Lunatic asylums Bombay report 1891-1903 - 1891-1903
Year: 1891
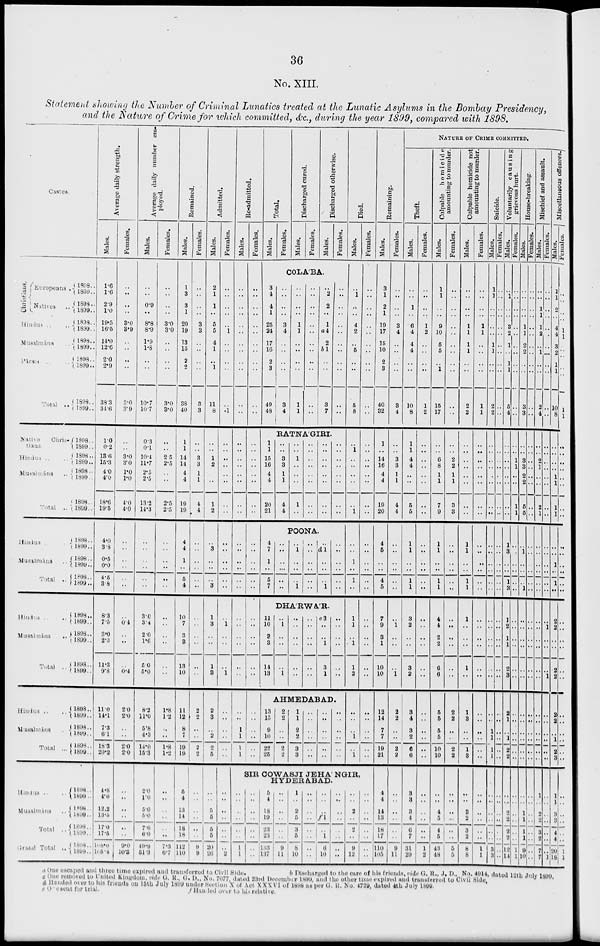
36
No. XIII.
Statement showing the Number of Criminal Lunatics treated at the Lunatic Asylums in the Bombay Presidency,
and the Nature of Crime for which committed, &c. during the year 1899, compared with 1898.
Castes
Average daily strength.
Males.
Females.
Average daily number em-
ployed.
Males.
Females.
Remained.
Males.
Females.
Admitted.
Males.
Females.
Re-admitted.
Males.
Females.
Christians.
Europeans ..
Natives
..
Hindus .. ..
Musalmáns
..
Pársis ..
Total ..
1898 ..
1899 ..
1898 ..
1899 ..
1898 ..
1899 ..
1898 ..
1899 ..
1898 ..
1899 ..
1898 ..
1899 ..
1.6
1.6
2.9
1.0
19.5
16.5
14.0
12.6
2.0
2.9
38. 3
34.6
..
..
..
..
3.0
3.9
..
..
..
..
3.0
3.9
..
..
0.9
..
8.8
8.9
1.9
1.8
..
..
10.7
10.7
..
..
..
..
3.0
3.0
..
..
..
..
3.0
3.0
1
3
3
1
20
19
13
15
2
2
38
40
..
..
..
..
3
3
..
..
..
..
3
3
2
1
1
..
5
5
4
1
..
1
11
8
..
..
..
..
..
1
..
..
..
..
..
.1
..
..
..
..
..
..
..
..
..
..
..
..
..
..
..
..
..
..
..
..
..
..
..
..
Total.
Males.
Females.
Discharged cured.
Males.
Females.
Discharged otherwise.
Males.
Females.
COLA'BA.
3
4
4
1
25
24
17
16
2
3
49
48
Natives Chris-
tians
Hindus ...
Musalmáns ..
Total ..
1898 ..
1899 ..
1898 ..
1899 ..
1898 ..
1899 ..
1898 ..
1899 ..
1.0
0.2
13.6
15.3
4.0
4.0
18.6
19.5
..
..
3.0
3.0
1.0
1.0
4.0
4.0
0.3
0.1
10.4
11.7
2.5
2.5
13.2
14.3
..
..
25
2.5
..
..
2.5
2.5
1
1
14
14
4
4
19
19
..
..
3
3
1
1
4
4
..
..
1
2
..
..
1
2
..
..
..
..
..
..
..
..
..
..
..
..
..
..
..
..
..
..
..
..
..
..
..
..
1
1
15
16
4
4
20
21
Hindus .. ..
Musalmáns
..
Total
..
1898 ..
1899 ..
1898 ..
1899 ..
1898 ..
1899 ..
4.0
3.8
0.5
0.0
4.5
38
..
..
..
..
..
..
..
..
..
..
..
..
..
..
..
..
..
..
4
4
1
..
5
4
..
..
..
..
..
..
..
3
..
..
..
3
..
..
..
..
..
..
..
..
..
..
..
..
..
..
..
..
..
..
4
7
1
..
5
7
Hindus .. ..
Musalmáns ..
Total ..
1898 ..
1899 ..
1898 ..
1899 ..
1898 ..
1890 ..
8.3
7.5
3.0
2.3
11.3
9.8
..
0.4
..
..
..
0.4
3.0
3.4
2.0
1.6
5.0
5.0
..
..
..
..
..
..
10
7
3
3
13
10
..
..
..
..
..
..
1
3
..
..
1
3
..
1
..
..
..
1
..
..
..
..
..
..
..
..
..
..
..
..
11
10
3
3
14
13
Hindus .. ..
Musalmáns ..
Total ..
1898 ..
1899 ..
1898 ..
1899 ..
1898 ..
1899 ..
11.0
14.1
7.3
6.1
18.3
20.2
2.0
2.0
..
..
2.0
2.0
8.2
11.0
5.8
4.3
14.0
15.3
1.8
1.2
..
..
1.8
1.2
11
12
8
7
19
19
2
2
..
..
2
2
2
3
..
2
2
5
..
..
..
..
..
..
..
..
1
1
1
1
Hindus .. ..
Musalmáns ..
Total ..
Grant Total ..
1898 ..
1899 ..
1898 ..
1899 ..
1898 ..
1899 ..
1898 ..
1899 ..
4.8
4.0
12.2
13.5
17.0
17.5
168.0
105.4
..
..
..
..
..
..
9.0
10.3
2.0
1.0
5.0
5.0
7.0
6.0
19.9
51.3
..
..
..
..
..
..
7.3
6.7
5
4
13
14
18
18
112
110
..
..
..
..
..
..
9
9
..
..
5
5
5
5
20
26
..
..
..
..
..
..
..
2
..
..
..
..
..
..
1
1
..
..
..
..
..
..
13
15
9
10
22
25
..
..
..
..
3
4
..
..
..
..
3
4
..
..
..
..
1
1
..
..
..
..
1
1
..
..
..
..
..
..
..
..
..
..
..
..
..
2
2
..
1
a 4
2
b 1
..
..
3
7
RATNA'GIRI.
..
..
3
3
1
1
4
4
..
..
1
..
..
..
1
..
..
..
..
..
..
..
..
..
..
..
..
..
..
..
..
..
POONA.
..
..
..
..
..
..
..
1
..
..
..
1
..
..
..
..
..
..
..
d 1
..
..
..
1
..
..
..
..
..
..
..
..
..
..
..
..
Died.
Males.
Females.
Remaining.
Males.
Females.
NATURE OF CRIME COMMITTED.
Theft.
Males.
Females.
Culpable homicide
amounting to murder.
Males.
Females.
Culpable homicide not
amounting to murder.
Males.
Females.
Suicide.
Males.
Females.
Voluntarily causing
grievous hurt.
Males.
Females.
House-breaking.
Males.
Females.
Mischief and assault.
Males.
Females.
Miscellaneous offences.
Males.
Females.
..
1
..
..
4
2
..
5
..
..
5
8
..
..
..
..
..
..
..
..
..
..
..
..
3
1
2
1
19
17
15
10
2
3
40
32
..
..
..
..
3
4
..
..
..
..
3
4
..
..
1
..
6
4
4
4
..
..
10
8
..
..
..
..
1
2
..
..
..
..
1
2
1
1
..
..
9
10
5
5
..
1
15
17
..
..
..
..
..
..
..
..
..
..
..
..
..
..
..
..
1
1
1
1
..
..
2
2
..
..
..
..
1
1
..
..
..
..
1
1
1
1
..
..
..
..
1
1
..
..
2
2
..
..
..
..
..
..
..
..
..
..
..
..
..
1
..
..
3
2
1
..
1
1
5
4
..
..
..
..
..
..
..
..
..
..
..
..
..
..
..
..
1
1
2
2
..
..
3
..
..
..
..
..
..
..
..
..
..
..
..
..
..
..
..
..
1
2
..
1
..
..
2
..
..
..
..
..
..
..
..
...
..
..
..
..
1
1
2
..
4
4
3
2
1
1
10
8
..
..
..
..
1
1
..
..
..
..
1
1
..
..
..
..
..
..
..
..
..
1
..
..
..
..
..
1
..
..
..
..
..
..
..
..
1
..
14
16
4
4
19
20
..
..
3
3
1
1
4
4
1
1
4
4
..
..
5
5
..
..
..
..
..
..
..
..
..
..
6
8
1
1
7
9
..
..
2
2
1
1
3
3
..
..
..
..
..
..
..
..
..
..
..
..
..
..
..
..
..
..
..
..
..
..
..
..
..
..
..
..
..
..
..
..
..
..
..
..
..
..
..
..
..
..
1
1
..
..
1
1
..
..
3
3
2
..
5
5
..
..
..
..
..
..
..
..
..
..
2
1
..
..
2
1
..
..
..
..
..
..
..
..
..
..
..
..
1
..
1
1
..
..
..
..
..
..
..
..
..
..
..
..
..
..
DHA'RWA'R.
..
1
..
..
..
1
..
..
..
..
..
..
..
..
..
..
..
..
e 3
..
..
1
3
1
..
..
..
..
..
..
AHMEDABAD.
2
2
..
..
2
2
1
1
2
2
3
3
..
..
..
..
..
..
..
..
..
..
..
..
..
..
..
..
..
..
..
..
1
..
1
..
..
..
..
..
..
..
4
5
..
..
4
5
..
..
..
..
..
..
1
1
..
..
1
1
..
..
..
..
..
..
1
1
..
..
1
1
..
..
..
..
..
..
1
1
..
..
1
1
..
..
..
..
..
..
..
..
..
..
..
..
..
..
..
..
..
..
1
3
..
..
1
3
..
..
..
..
..
..
..
1
..
..
..
1
..
..
..
..
..
..
..
..
..
..
..
..
..
..
..
..
..
..
..
..
1
..
1
..
..
..
..
..
..
..
1
1
..
1
1
2
..
..
..
..
..
..
7
9
3
1
10
10
..
1
..
..
..
1
3
2
..
..
3
2
..
..
..
..
..
..
4
4
2
..
6
6
..
..
..
..
..
..
1
..
..
..
1
..
..
..
..
..
..
..
..
..
..
..
..
..
..
..
..
..
..
..
1
2
..
1
2
9
..
..
..
..
2
..
..
..
..
..
..
..
..
..
..
..
..
..
..
..
..
..
..
..
..
1
..
..
..
..
2
2
..
..
..
1
..
..
..
..
..
..
..
..
..
1
..
1
..
..
..
..
..
..
SIR COWASJI JEHA' NGIR,
HYDERABAD.
..
..
..
..
..
..
..
..
5
4
18
19
23
23
433
137
..
..
..
..
..
..
9
11
1
..
2
5
3
5
8
10
..
..
..
..
..
..
..
..
..
..
..
f 1
..
1
6
10
..
..
..
..
..
..
..
..
..
..
2
..
2
..
9
12
..
..
..
..
..
..
..
..
12
14
7
7
19
21
2
2
..
..
2
2
3
4
3
2
6
6
..
..
..
..
..
..
5
5
5
5
10
10
2
3
..
..
2
2
1
3
..
..
1
3
..
..
..
..
..
..
..
..
1
1
1
1
..
..
..
..
..
..
2
1
..
..
2
2
..
..
..
..
..
..
..
..
..
..
..
..
..
..
..
..
..
..
..
..
..
..
..
..
..
..
..
..
..
..
2
2
..
1
2
3
..
..
..
..
..
..
4
4
14
13
18
17
110
105
..
..
..
..
..
..
9
11
3
3
3
4
6
7
31
29
..
..
..
..
..
..
1
2
..
..
4
5
4
5
43
48
..
..
..
..
..
..
5
5
..
..
3
2
3
2
8
8
..
..
..
..
..
..
1
1
..
..
..
..
..
..
3
3
..
..
..
..
..
..
..
..
..
..
2
2
2
2
12
14
..
..
..
..
..
..
1
1
..
..
1
1
1
1
9
10
..
..
..
..
..
..
..
..
1
..
2
2
3
2
7
7
..
..
..
..
..
..
..
1
1
1
3
3
4
4
20
18
..
..
..
..
..
..
1
1